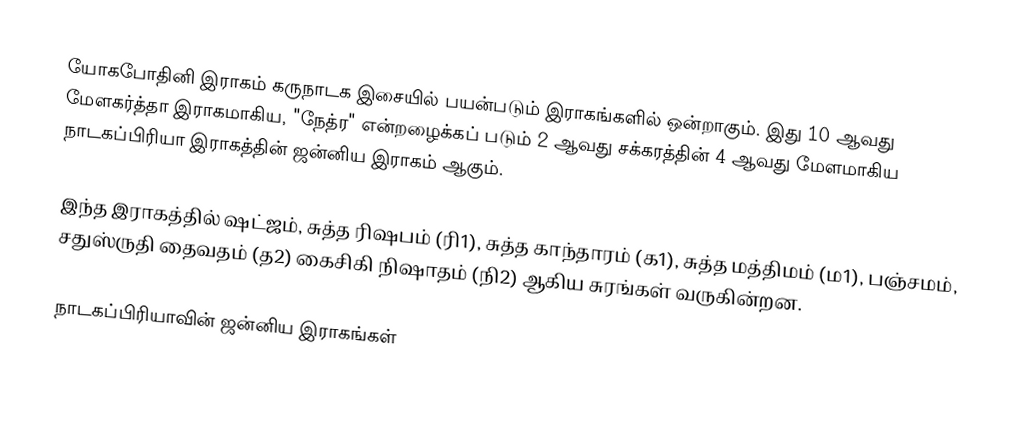
யோகபோதினி இராகம் கருநாடக இசையில் பயன்படும் இராகங்களில் ஒன்றாகும். இது 10 ஆவது மேளகர்த்தா இராகமாகிய, "நேத்ர" என்றழைக்கப் படும் 2 ஆவது சக்கரத்தின் 4 ஆவது மேளமாகிய நாடகப்பிரியா இராகத்தின் ஜன்னிய இராகம் ஆகும்.

இந்த இராகத்தில் ஷட்ஜம், சுத்த ரிஷபம் (ரி1),  சுத்த காந்தாரம் (க1), சுத்த மத்திமம் (ம1), பஞ்சமம்,  சதுஸ்ருதி தைவதம் (த2) கைசிகி நிஷாதம்  (நி2) ஆகிய சுரங்கள் வருகின்றன.

நாடகப்பிரியாவின் ஜன்னிய இராகங்கள்